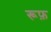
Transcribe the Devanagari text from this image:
रूफ़